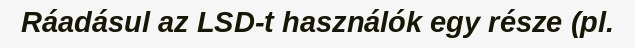
Ráadásul az LSD-t használók egy része (pl.